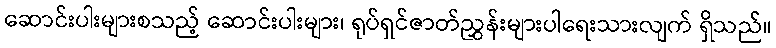
ဆောင်းပါးများစသည့် ဆောင်းပါးများ၊ ရုပ်ရှင်ဇာတ်ညွှန်းများပါရေးသားလျက် ရှိသည်။